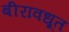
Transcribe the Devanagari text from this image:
बीरावधूत